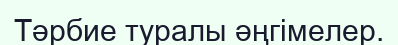
Тәрбие туралы әңгімелер.